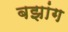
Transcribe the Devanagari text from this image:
बझांग